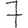
Digit: 7